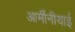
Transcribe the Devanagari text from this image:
आर्मीनीयाई